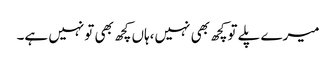
میرے پلے توکچھ بھی نہیں،ہاں کچھ بھی تونہیں ہے۔